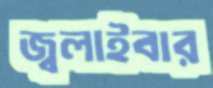
জ্বলাইবার